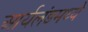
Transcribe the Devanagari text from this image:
आर्यलंडमध्ये